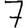
Digit: 7